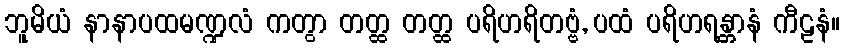
ဘူမိယံ နာနာပထမဏ္ဍလံ ကတွာ တတ္ထ တတ္ထ ပရိဟရိတဗ္ဗံ, ပထံ ပရိဟရန္တာနံ ကီဠနံ။